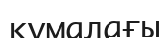
құмалағы